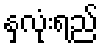
နှလုံးရည်